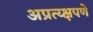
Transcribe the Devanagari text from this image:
अप्रत्य्क्षपणे